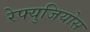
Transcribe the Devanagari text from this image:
रेफ्युजियोस